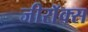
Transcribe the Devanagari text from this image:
जीराॅक्स